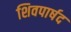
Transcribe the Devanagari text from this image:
शिवपार्षद